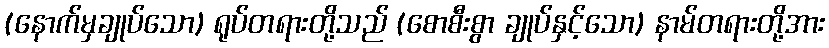
(နောက်မှချုပ်သော) ရုပ်တရားတို့သည် (စောစီးစွာ ချုပ်နှင့်သော) နာမ်တရားတို့အား